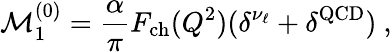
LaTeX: \mathcal{M}_{1}^{(0)}=\frac{\alpha}{\pi}F_{\mathrm{ch}}(Q^{2})(\delta^{\nu_{\ell}}+\delta^{\mathrm{QCD}})~,